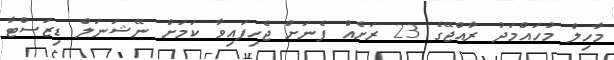
މާހިލް މުހައްމަދު ރާއްޖޭގެ 23 ރަށެއް ފެނަށް ޖެހިފައިވާ ކަމަށް ނޭޝަނަލް ޑިޒަސްޓާ